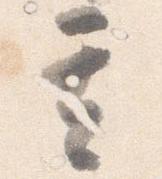
其